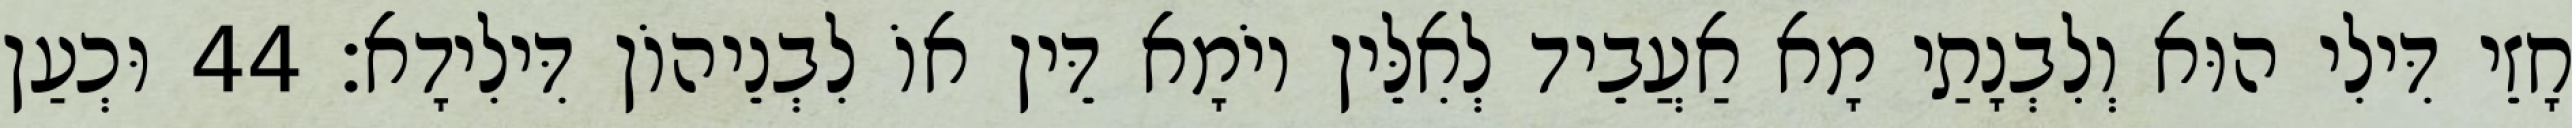
חָזֵי דִּילִי הוּא וְלִבְנָתַי מָא אַעֲבֵיד לְאִלֵּין יוֹמָא דֵּין אוֹ לִבְנֵיהוֹן דִּילִידָא׃ 44 וּכְעַן